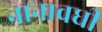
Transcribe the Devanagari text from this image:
नानावधी